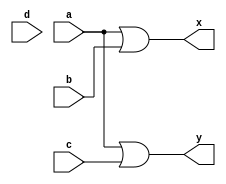
module Encoder42(a,b,c,d,x,y);
         input a,b,c,d;
         output x,y;
         assign x=a|b;
         assign y=a|c;
endmodule

module test;
    reg a1,b1,c1,d1;
    wire x1,y1;
    Encoder42 obj(a1,b1,c1,d1,x1,y1);
    initial begin
        $display("a\tb\tc\td\tx\ty\t");
        $monitor("%b\t%b\t%b\t%b\t%b\t%b\t",a1,b1,c1,d1,x1,y1);
        a1=0; b1=0; c1=0;d1=1;
        #10 a1=0; b1=0; c1=1;d1=0;
        #10 a1=0; b1=1; c1=0;d1=0; 
        #10 a1=1; b1=0; c1=0;d1=0;
    end
    
endmodule